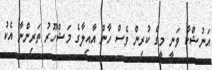
އަނުޝްކާ ވަނީ މީގެ ކުރިން ވެސް ހާން އާއިލާގެ މަޝްހޫރު ތަރިންނާ އެކު